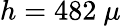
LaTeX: h=482~\mu